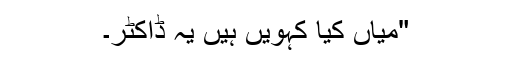
"میاں کیا کہویں ہیں یہ ڈاکٹر۔